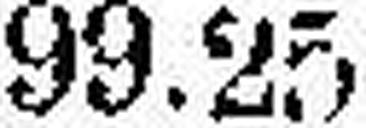
99.25